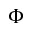
\Phi